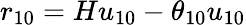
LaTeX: r_{10}=Hu_{10}-\theta_{10}u_{10}